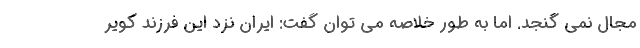
مجال نمی گنجد. اما به طور خلاصه می توان گفت: ایران نزد این فرزند کویر